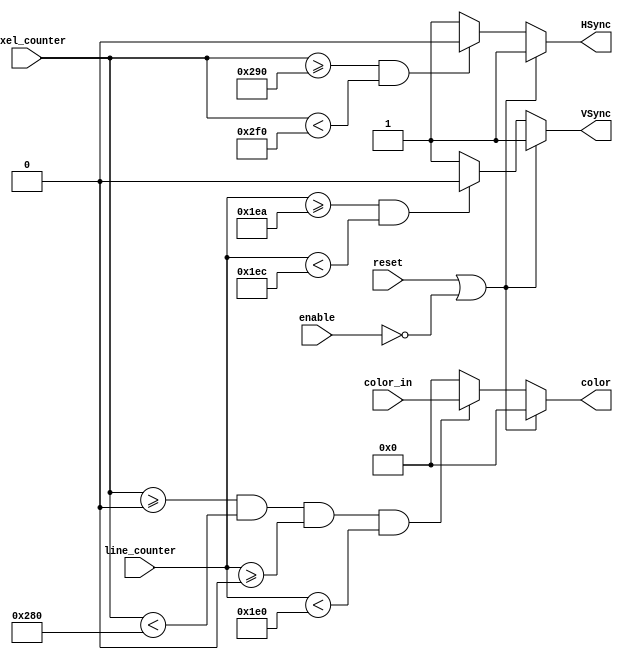
`timescale 1ns / 1ps
//////////////////////////////////////////////////////////////////////////////////
// Company: 
// Engineer: 
// 
// Design Name: 
// Module Name:    vga_output 
// Project Name: 
// Target Devices: 
// Tool versions: 
// Description: 
//
// Dependencies: 
//
// Revision: 
// Revision 0.01 - File Created
// Additional Comments: 
//
//////////////////////////////////////////////////////////////////////////////////
module VgaOutput(
	input 			  enable,
	input 			  reset,
	input 	  [7:0] color_in, // from pixel_generator
	input 	  [9:0] pixel_counter, // from vga_counter
	input 	  [8:0] line_counter, // from vga_counter
	output reg [7:0] color, // rrr_ggg_bb
	output reg 		  HSync,
	output reg 		  VSync
    );
	 
	initial color = 8'b00000000; // initally set to black
	initial HSync = 1'b1; // HSync is active low
	initial VSync = 1'b1; // VSync is active low

	parameter H_ACTIVE = 640; // visible resolution width
	parameter H_FRONT = H_ACTIVE + 16;
	parameter H_SYNC = H_FRONT + 96;
	parameter H_BACK = H_SYNC + 48;
	
	parameter V_ACTIVE = 480; // visible resolution height
	parameter V_FRONT = V_ACTIVE + 10;
	parameter V_SYNC = V_FRONT + 2;
	parameter V_BACK = V_SYNC + 33;
	
	// combinational logic
	always@(*) begin
		if (reset || !enable) begin
			color = 8'b00000000;
			HSync = 1'b1;
			VSync = 1'b1;
		end
		else begin
			if (pixel_counter >= H_FRONT && pixel_counter < H_SYNC)
				HSync = 1'b0; // send HSync pulse at end of line
			else
				HSync = 1'b1; // otherwise don't send HSync pulse
				
			if (line_counter >= V_FRONT && line_counter < V_SYNC)
				VSync = 1'b0; // send VSynce at the bottom of the screen
			else
				VSync = 1'b1; // otherwise don't send VSync
			
			// start drawing at index 0 of pixel_counter and line_counter
			if (pixel_counter >= 0 && pixel_counter < H_ACTIVE && 
				 line_counter  >= 0 && line_counter  < V_ACTIVE)
				color = color_in; // set color to color coming out of pixel_generator
			else
				color = 8'b00000000; // drive color to ground when not in active region
		end
	end
 
endmodule